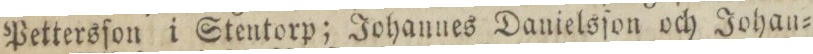
Pettersſon i Stentorp; Johannes Danielsſon och Johan=